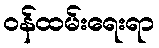
ဝန်ထမ်းရေးရာ